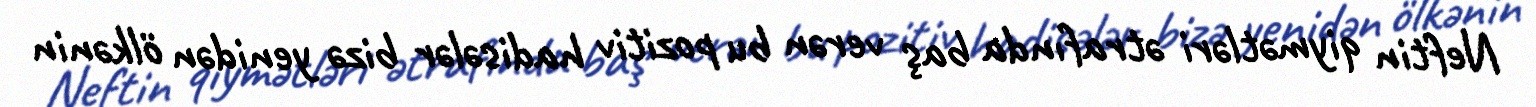
Neftin qiymətləri ətrafında baş verən bu pozitiv hadisələr bizə yenidən ölkənin